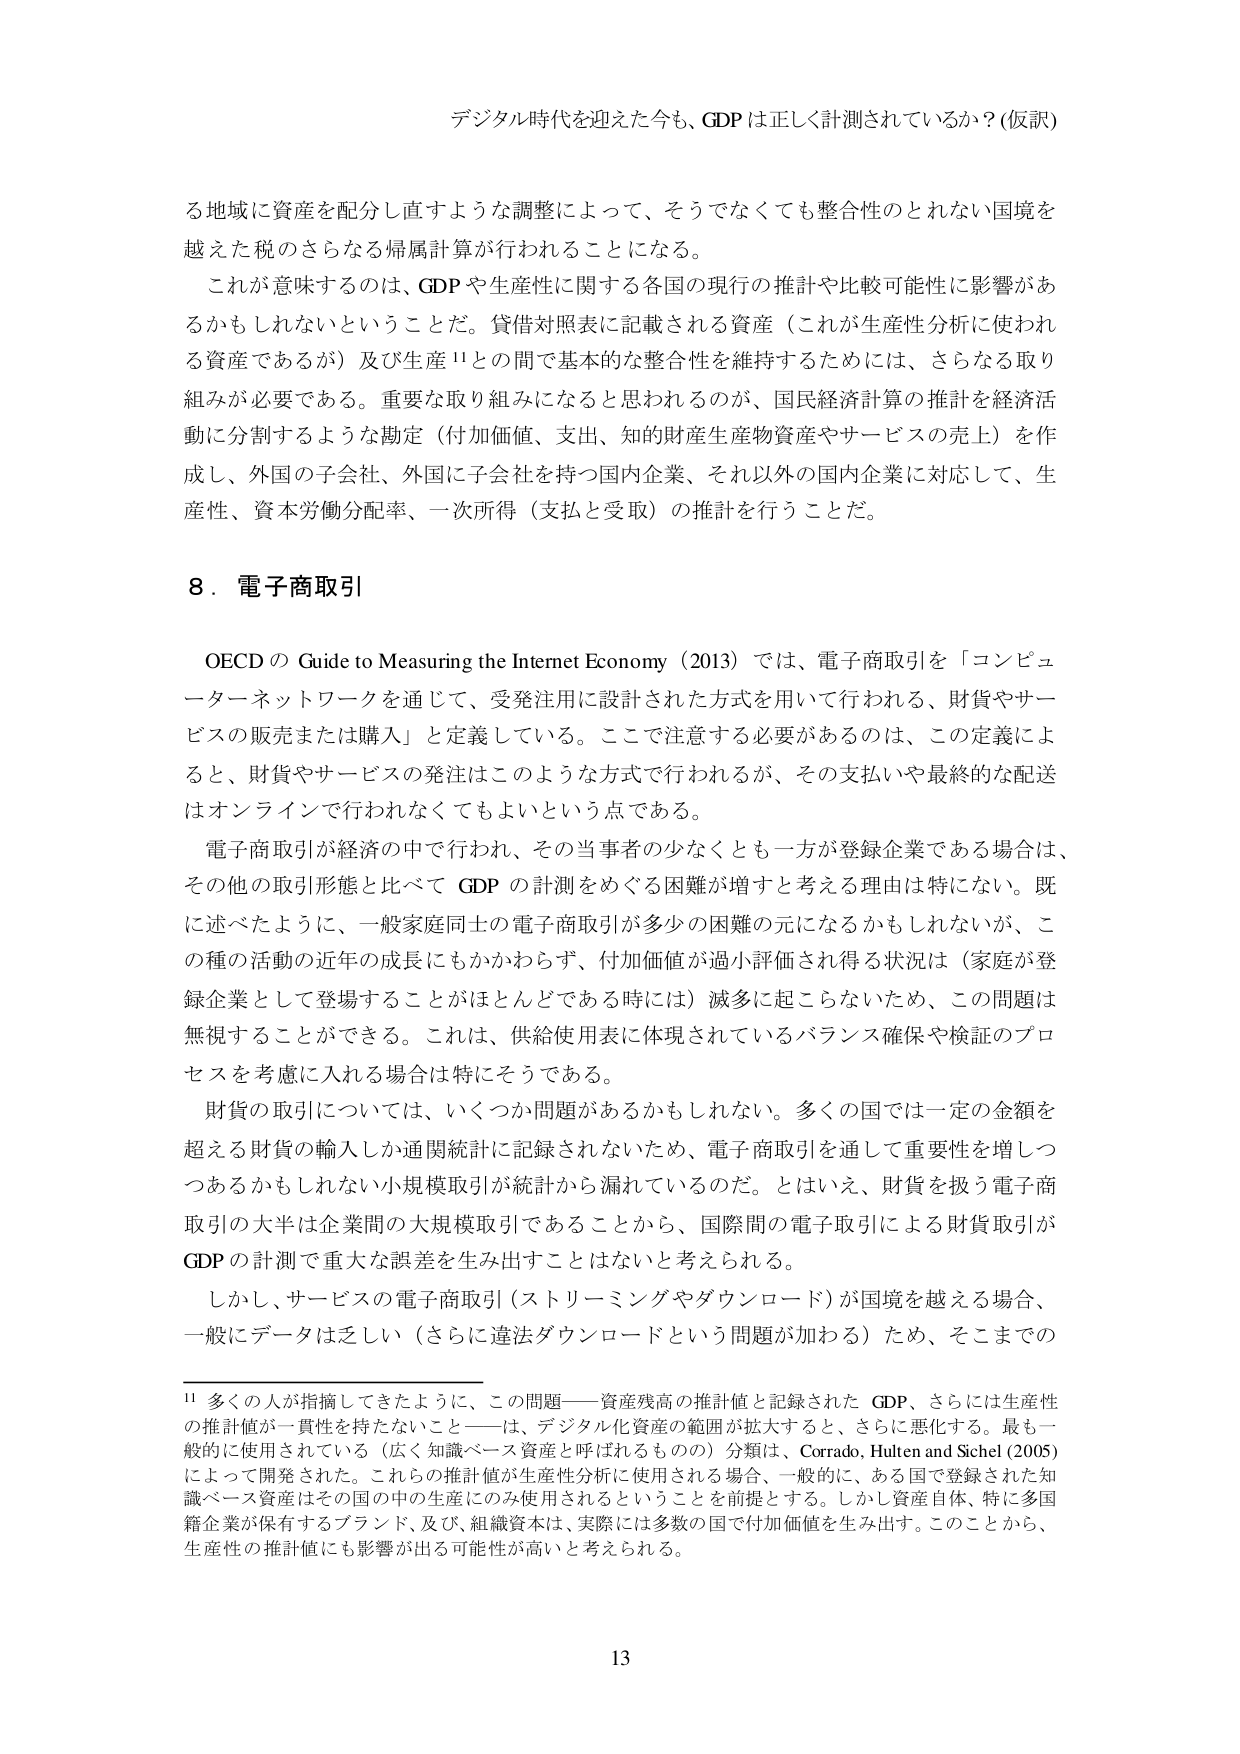
デジタル時代を迎えた今も、GDPは正しく計測されているか？（仮訳）

る地域に資産を配分し直すような調整によって、そうでなくても整合性のとれない国境を越えた税のさらなる帰属計算が行われることになる。

これが意味するのは、GDPや生産性に関する各国の現行の推計や比較可能性に影響があるかもしれないということだ。貸借対照表に記載される資産（これが生産性分析に使われる資産であるが）及び生産¹¹との間で基本的な整合性を維持するためには、さらなる取り組みが必要である。重要な取り組みになると思われるのが、国民経済計算の推計を経済活動に分割するような勘定（付加価値、支出、知的財産生産物資産やサービスの売上）を作成し、外国の子会社、外国に子会社を持つ国内企業、それ以外の国内企業に対応して、生産性、資本労働分配率、一次所得（支払と受取）の推計を行うことだ。

8．電子商取引

OECDのGuide to Measuring the Internet Economy（2013）では、電子商取引を「コンピューターネットワークを通じて、受発注用に設計された方式を用いて行われる、財貨やサービスの販売または購入」と定義している。ここで注意する必要があるのは、この定義によると、財貨やサービスの発注はこのような方式で行われるが、その支払いや最終的な配送はオンラインで行われなくてもよいという点である。

電子商取引が経済の中で行われ、その当事者の少なくとも一方が登録企業である場合は、その他の取引形態と比べてGDPの計測をめぐる困難が増すと考える理由は特にない。既に述べたように、一般家庭同士の電子商取引が多少の困難の元になるかもしれないが、この種の活動の近年の成長にもかかわらず、付加価値が過小評価され得る状況は（家庭が登録企業として登場することがほとんどである時には）滅多に起こらないため、この問題は無視することができる。これは、供給使用表に体現されているバランス確保や検証のプロセスを考慮に入れる場合は特にそうである。

財貨の取引については、いくつか問題があるかもしれない。多くの国では一定の金額を超える財貨の輸入しか通関統計に記録されないため、電子商取引を通じて重要性を増しつつあるかもしれない小規模取引が統計から漏れているのだ。とはいえ、財貨を扱う電子商取引の大半は企業間の大規模取引であることから、国際間の電子取引による財貨取引がGDPの計測で重大な誤差を生み出すことはないと考えられる。

しかし、サービスの電子商取引（ストリーミングやダウンロード）が国境を越える場合、一般にデータは乏しい（さらに違法ダウンロードという問題が加わる）ため、そこまでの

¹¹ 多くの人が指摘してきたように、この問題――資産残高の推計値と記録されたGDP、さらには生産性の推計値が一貫性を持たないこと――は、デジタル化資産の範囲が拡大すると、さらに悪化する。最も一般的に使用されている（広く知識ベース資産と呼ばれるものの）分類は、Corrado, Hulten and Sichel（2005）によって開発された。これらの推計値が生産性分析に使用される場合、一般的に、ある国で登録された知識ベース資産はその国の中の生産にのみ使用されるということを前提とする。しかし資産自体、特に多国籍企業が保有するブランド、及び、組織資本は、実際には多数の国で付加価値を生み出す。このことから、生産性の推計値にも影響が出る可能性が高いと考えられる。

13